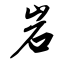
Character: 岩